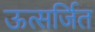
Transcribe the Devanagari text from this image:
ऊत्सर्जित